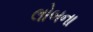
લોબના